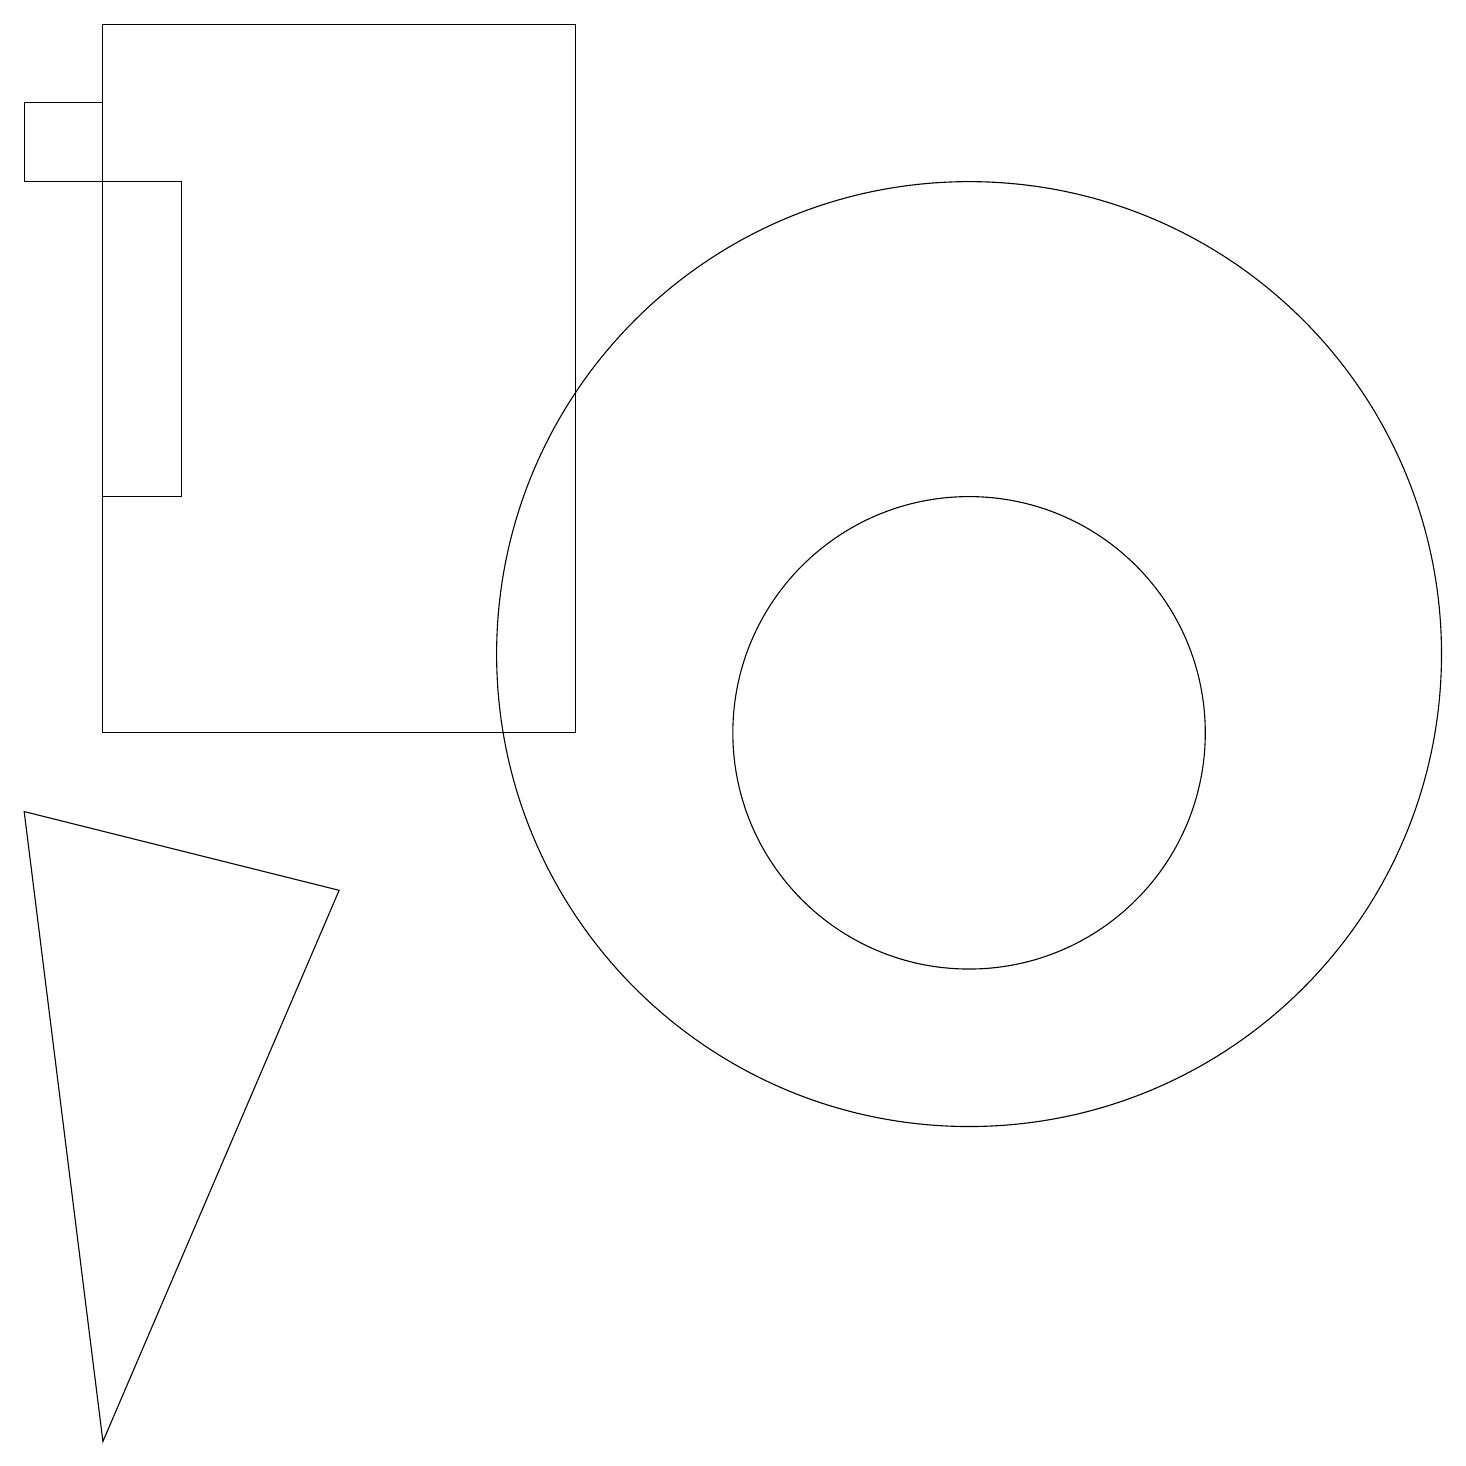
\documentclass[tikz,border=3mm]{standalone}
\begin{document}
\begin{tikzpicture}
\draw (7,10) rectangle (1,19);
\draw (0,18) rectangle (1,17);
\draw (12,10) circle (3);
\draw (11,11) circle (0);
\draw (0,9) -- (1,1) -- (4,8) -- cycle;
\draw (1,17) rectangle (2,13);
\draw (12,11) circle (6);
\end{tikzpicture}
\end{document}